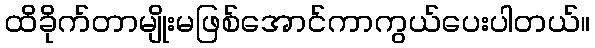
ထိခိုက်တာမျိုးမဖြစ်အောင်ကာကွယ်ပေးပါတယ်။